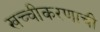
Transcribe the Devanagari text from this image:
खच्चीकरणाची